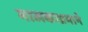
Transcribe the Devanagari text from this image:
मालकाप्रमाने